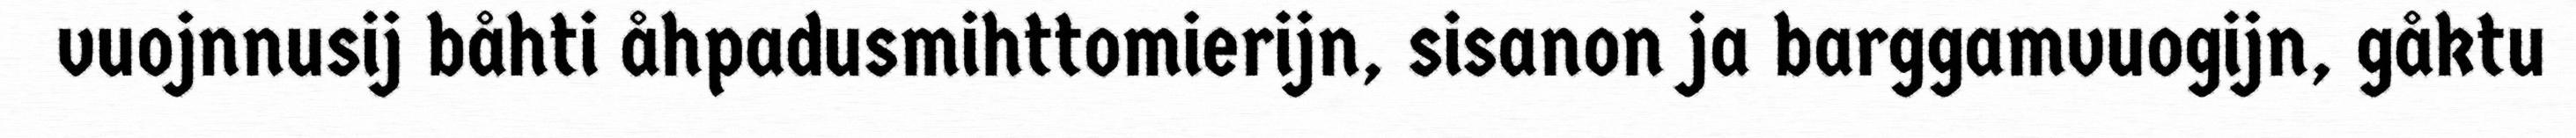
vuojnnusij båhti åhpadusmihttomierijn, sisanon ja barggamvuogijn, gåktu